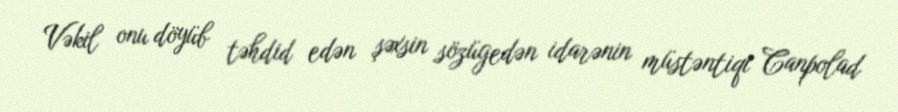
Vəkil onu döyüb təhdid edən şəxsin sözügedən idarənin müstəntiqi Canpolad